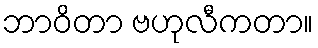
ဘာဝိတာ ဗဟုလီကတာ။